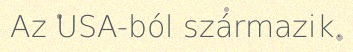
Az USA-ból származik.